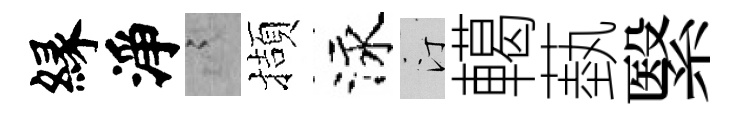
縁淨謭擷泳汀轕蓺繄